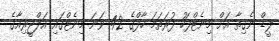
ލީޑް ނެގިތާ އަށް މިނެޓްފަހު ފުރަތަމަ ހާފްގެ 42 ވަނަ މިނެޓްގައި އަލްޖީރިއާގެ